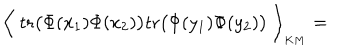
LaTeX: \Big \langle \; \mathrm { t r } \big ( \Phi ( x _ { 1 } ) \Phi ( x _ { 2 } ) \big ) \mathrm { t r } \big ( \Phi ( y _ { 1 } ) \Phi ( y _ { 2 } ) \big ) \; \Big \rangle _ { \mathrm { } _ { K M } } =